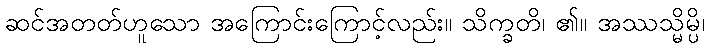
ဆင်အတတ်ဟူသော အကြောင်းကြောင့်လည်း။ သိက္ခတိ၊ ၏။ အဿသ္မိမ္ပိ၊